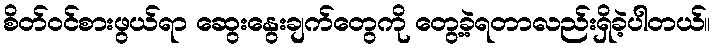
စိတ်ဝင်စားဖွယ်ရာ ဆွေးနွေးချက်တွေကို တွေ့ခဲ့ရတာလည်းရှိခဲ့ပါတယ်။